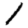
Digit: 1